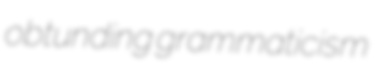
obtunding grammaticism